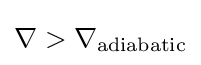
\nabla >\nabla _{\text{adiabatic}}